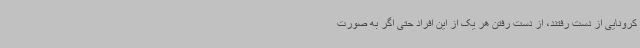
کرونایی از دست رفتند، از دست رفتن هر یک از این افراد حتی اگر به صورت